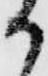
か